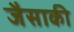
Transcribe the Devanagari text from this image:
जैसाकी